Holstre_vallavalitsus, lk 86
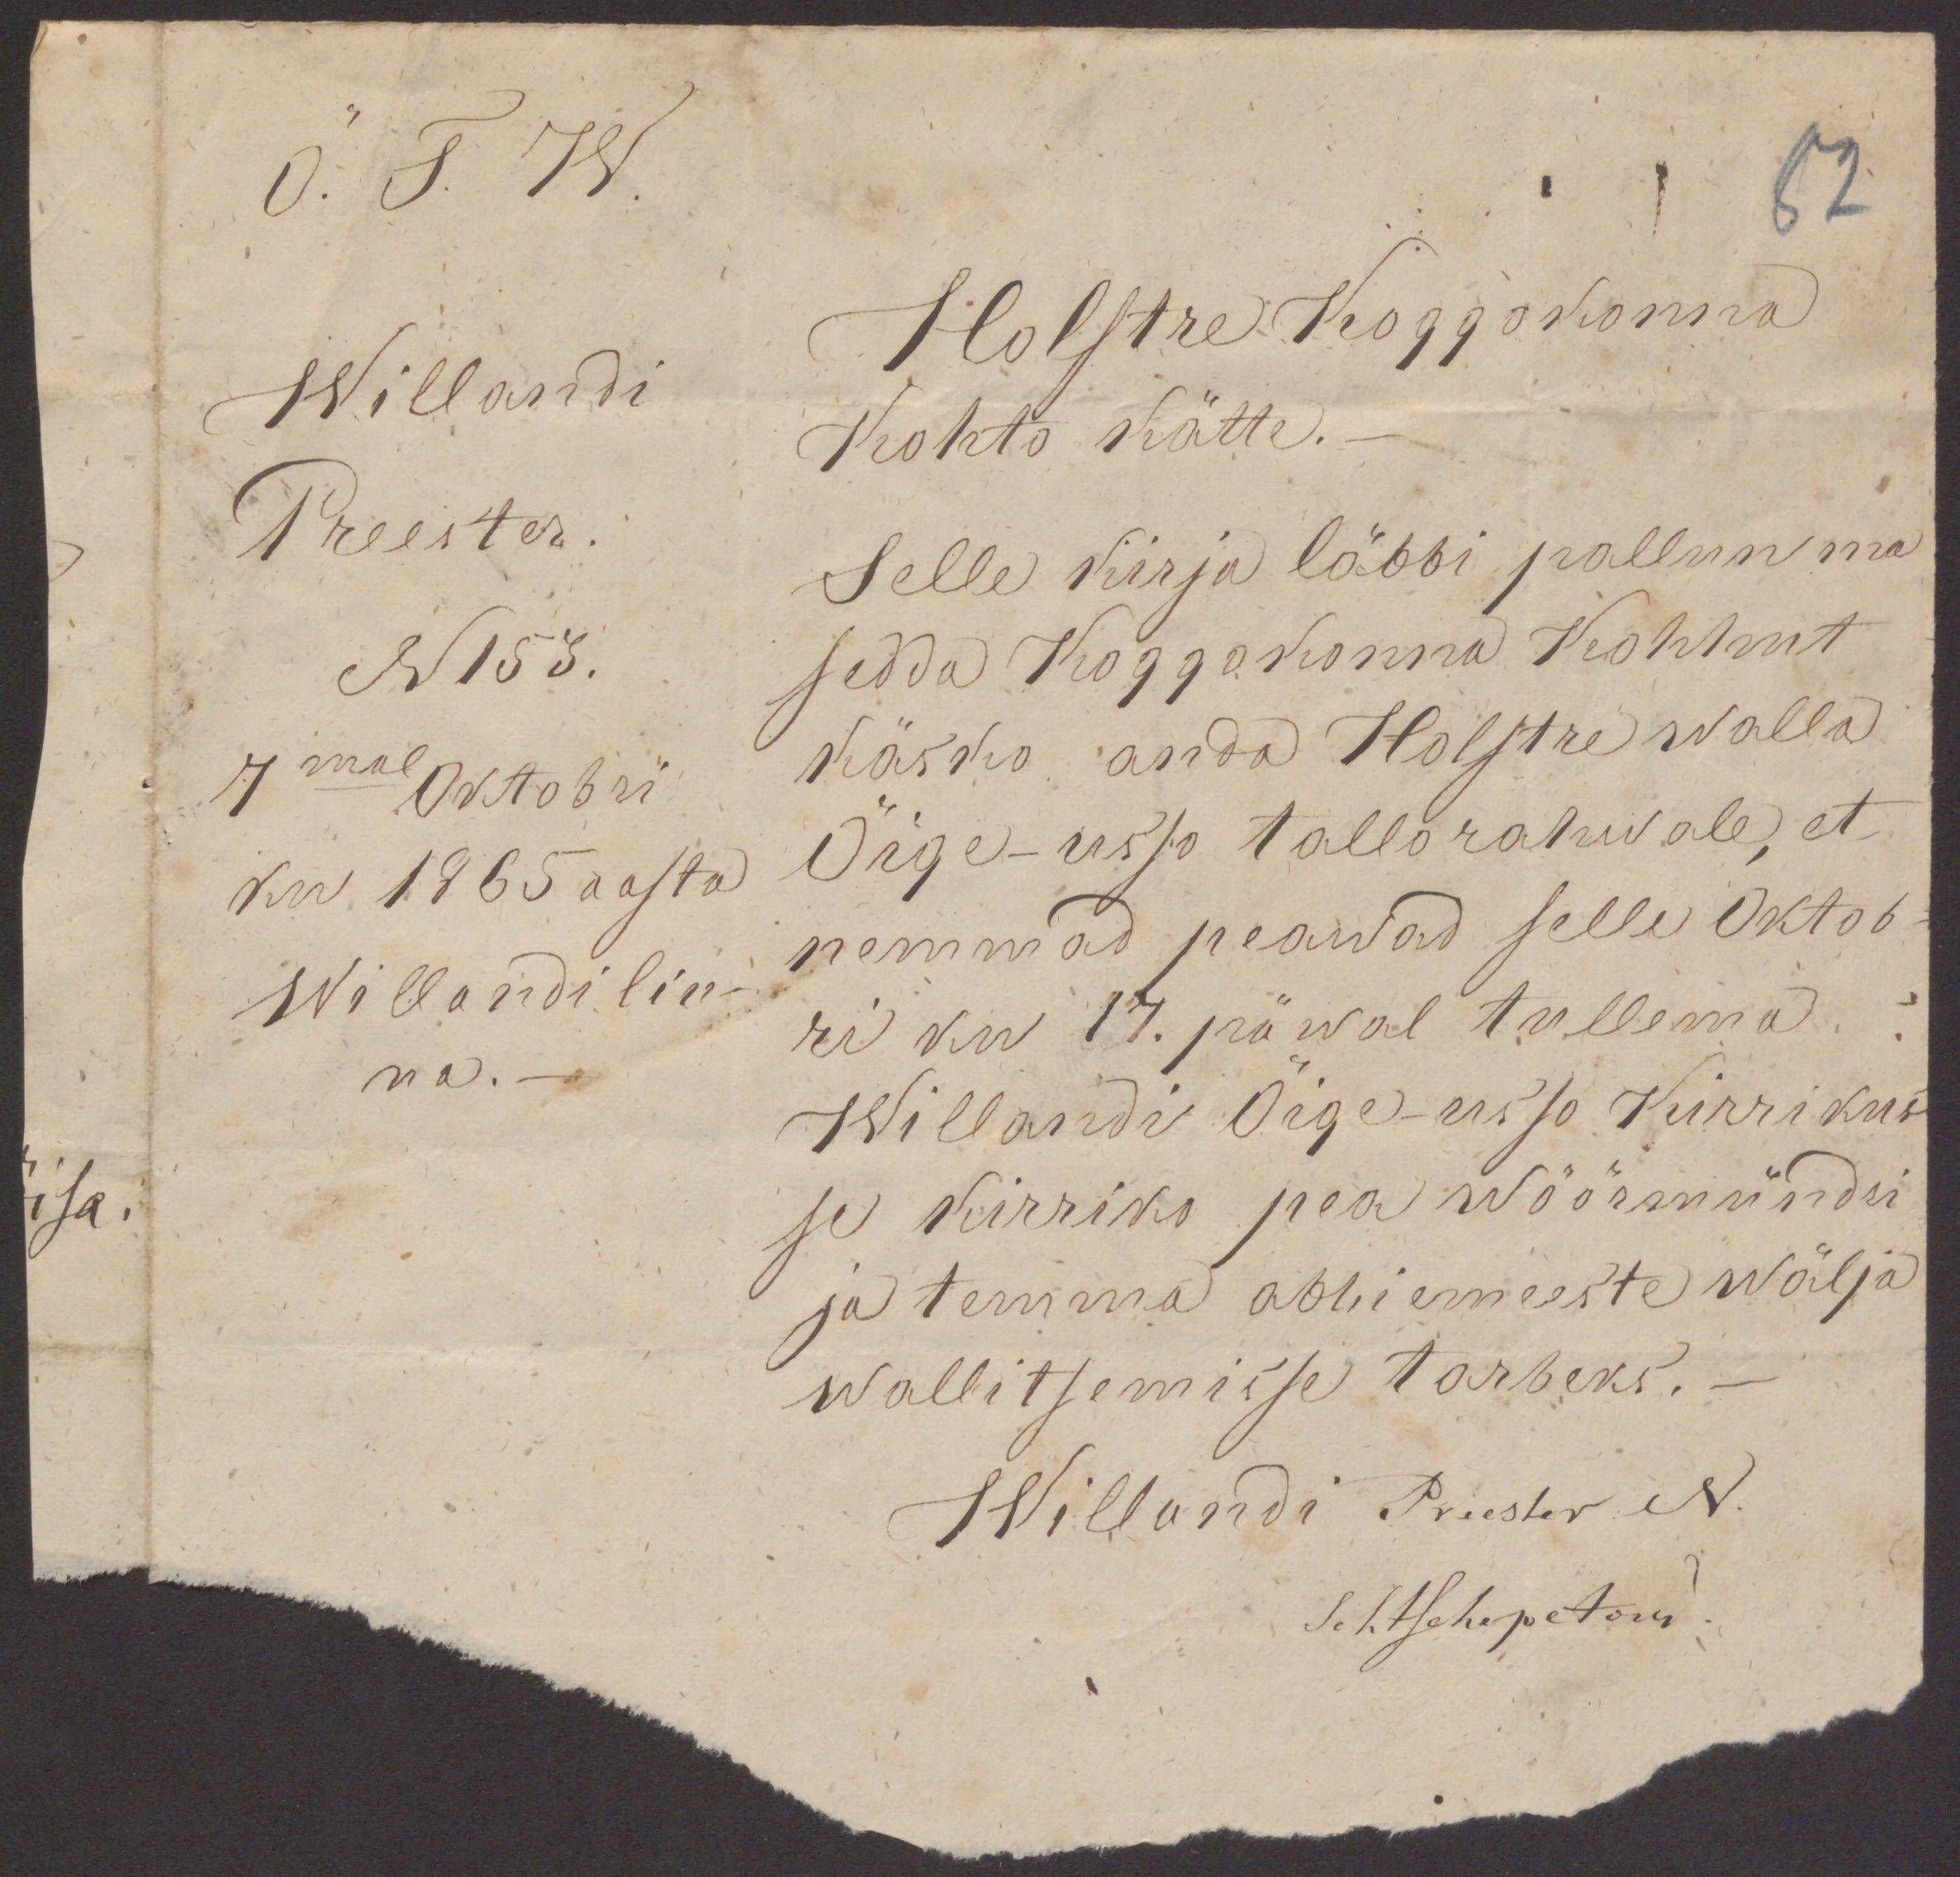
82
Õ. T. W.
Willandi
Preester.
N 153.
7mal Oktobri
ku 1865 aasta
Willandi lin-
na.
Holstre koggokonna
Kohto kätte.
Selle kirja läbbi pallun ma
sedda Koggokonna Kohhut
käsko anda Holstre walla
Õige-usso tallorahvale, et
nemmad peawad selle Oktob-
ri ku 17. päwal tullema.
Willandi Õige-usso Kirrikus-
se kirriko pea wöörmündri
ja temma abbiemeeste wälja
wallitsemisse tarbeks.
Willandi Preester N.
Schtschepetow.